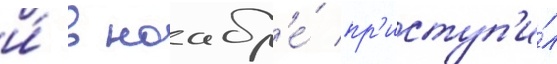
и́ в ноабр'е́ пр'иступ'и́л